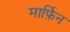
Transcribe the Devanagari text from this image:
मार्फ़िन